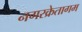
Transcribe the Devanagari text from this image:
नगरक्रेतागम